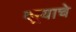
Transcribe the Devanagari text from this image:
दग्र्याचे